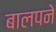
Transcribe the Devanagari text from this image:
बालपने